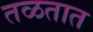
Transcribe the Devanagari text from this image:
तळतात